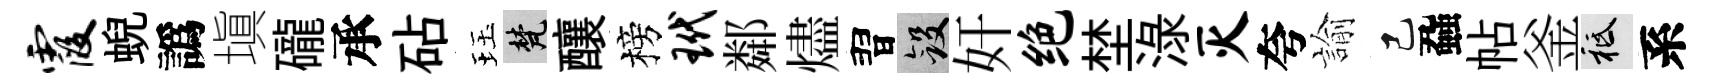
霞蜺譌塡礲承砧珏梵釀榜玳鄰燼習斂奸绝埜渌灭夸諭己蝨帖釜祇系